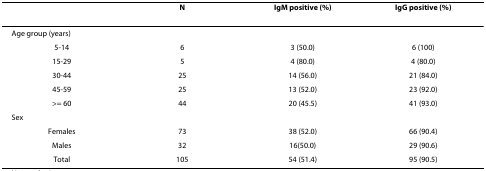
<table><thead><tr><td>[EMPTY_CELL]</td><td><b>N</b></td><td><b>IgM positive (%)</b></td><td><b>IgG positive (%)</b></td></tr></thead><tbody><tr><td>Age group (years)</td><td>[EMPTY_CELL]</td><td>[EMPTY_CELL]</td><td>[EMPTY_CELL]</td></tr><tr><td>5-14</td><td>6</td><td>3 (50.0)</td><td>6 (100)</td></tr><tr><td>15-29</td><td>5</td><td>4 (80.0)</td><td>4 (80.0)</td></tr><tr><td>30-44</td><td>25</td><td>14 (56.0)</td><td>21 (84.0)</td></tr><tr><td>45-59</td><td>25</td><td>13 (52.0)</td><td>23 (92.0)</td></tr><tr><td>&gt;= 60</td><td>44</td><td>20 (45.5)</td><td>41 (93.0)</td></tr><tr><td>Sex</td><td>[EMPTY_CELL]</td><td>[EMPTY_CELL]</td><td>[EMPTY_CELL]</td></tr><tr><td>Females</td><td>73</td><td>38 (52.0)</td><td>66 (90.4)</td></tr><tr><td>Males</td><td>32</td><td>16(50.0)</td><td>29 (90.6)</td></tr><tr><td>Total</td><td>105</td><td>54 (51.4)</td><td>95 (90.5)</td></tr></tbody></table>